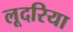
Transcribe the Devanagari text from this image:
लूदरिया